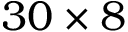
3 0 \times 8